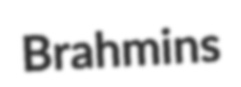
Brahmins